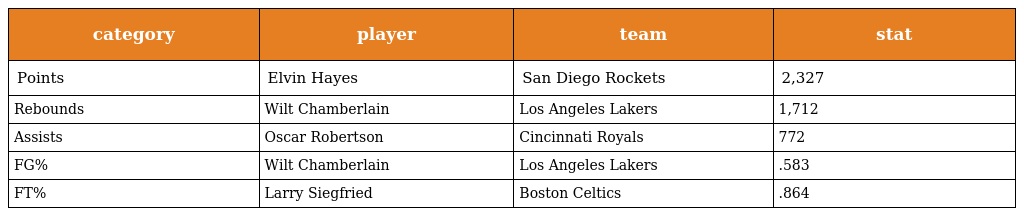
| category | player | team | stat |
 | --- | --- | --- | --- |
 | Points | Elvin Hayes | San Diego Rockets | 2,327 |
 | Rebounds | Wilt Chamberlain | Los Angeles Lakers | 1,712 |
 | Assists | Oscar Robertson | Cincinnati Royals | 772 |
 | FG% | Wilt Chamberlain | Los Angeles Lakers | .583 |
 | FT% | Larry Siegfried | Boston Celtics | .864 |